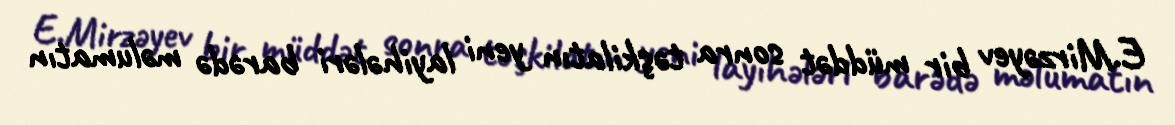
E.Mirzəyev bir müddət sonra təşkilatın yeni layihələri barədə məlumatın